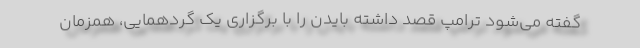
گفته می‌شود ترامپ قصد داشته بایدن را با برگزاری یک گردهمایی، همزمان